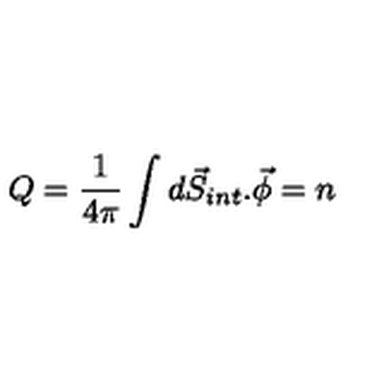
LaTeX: Q = \frac { 1 } { 4 \pi } \int d \vec { S } _ { i n t } . \vec { \phi } = n